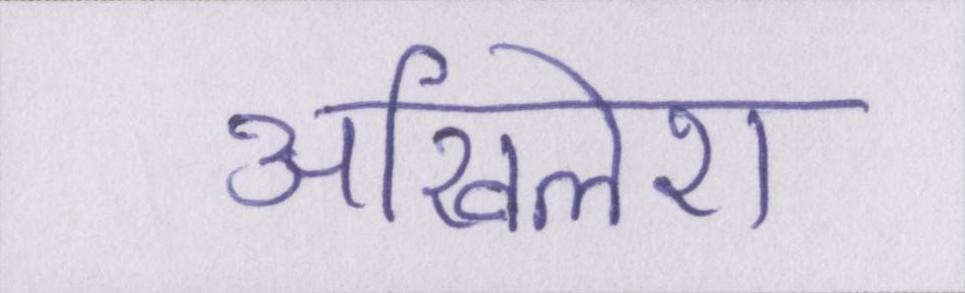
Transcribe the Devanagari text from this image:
अखिलेश